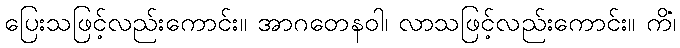
ပြေးသဖြင့်လည်းကောင်း။ အာဂတေနဝါ၊ လာသဖြင့်လည်းကောင်း။ ကိံ၊